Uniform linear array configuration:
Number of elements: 64
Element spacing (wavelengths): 0.25
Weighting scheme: kaiser
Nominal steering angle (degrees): -60
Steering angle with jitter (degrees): -58.243
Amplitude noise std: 0.05
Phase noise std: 0.05

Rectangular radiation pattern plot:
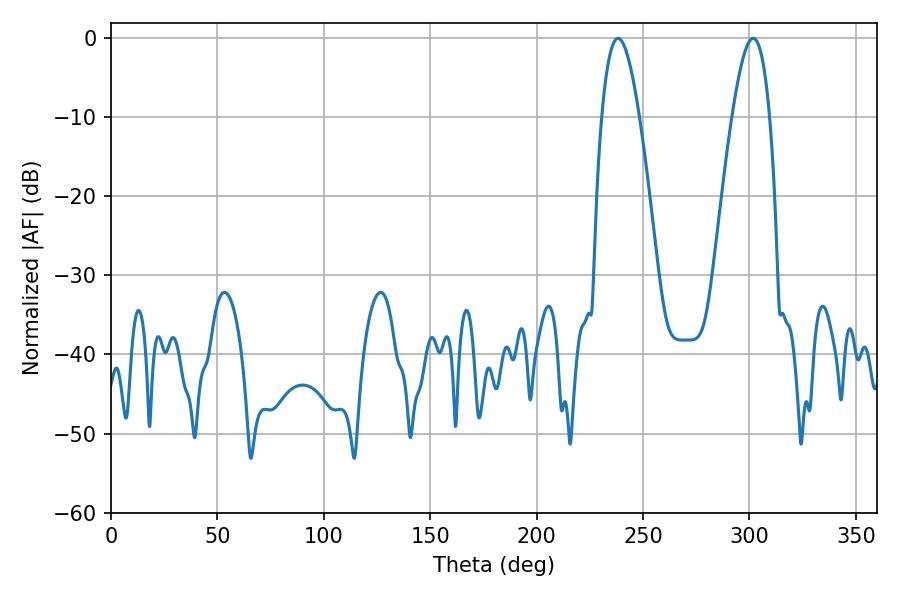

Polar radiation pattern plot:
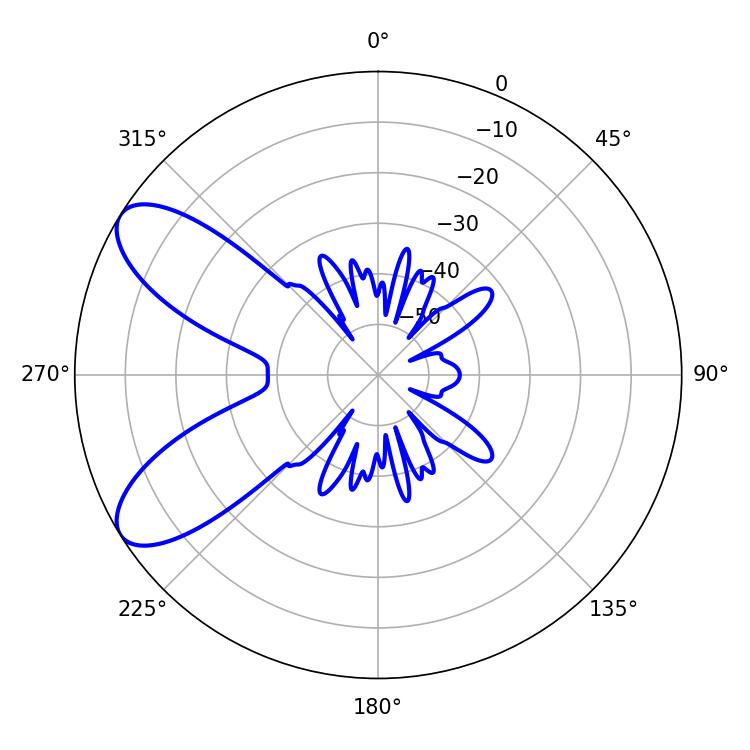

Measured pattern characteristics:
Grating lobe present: FALSE
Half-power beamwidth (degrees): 9.54
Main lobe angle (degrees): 238.32